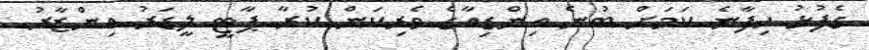
ގެފުޅު ހިފާނެ ކަމަށް ބުނެ އިންޑިއާގެ ވެރިކަން ކުރާ ޕާޓީ ލީޑަރު އިންޒާރު